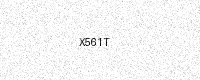
Text: X561T